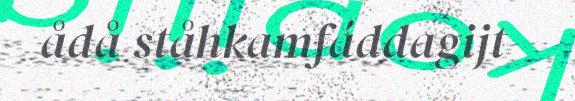
ådå ståhkamfáddagijt